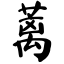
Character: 蓠